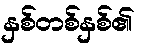
နှစ်တစ်နှစ်၏